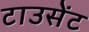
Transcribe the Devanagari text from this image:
टाउसेंट